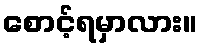
စောင့်ရမှာလား။